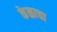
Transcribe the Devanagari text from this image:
केळाचा